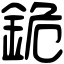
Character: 䤥